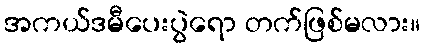
အကယ်ဒမီပေးပွဲရော တက်ဖြစ်မလား။